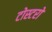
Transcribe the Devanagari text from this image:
टोस्टरों